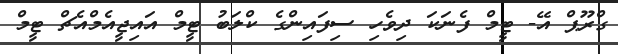
ގްރޫޕް އޭ- ޓީމް ފެނަކަ ދިވެހި ސިފައިންގެ ކްލަބު ޓީމް އައިޖީއެމްއެޗް ޓީމް